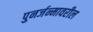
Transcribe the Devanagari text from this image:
पुनर्जन्मावरील